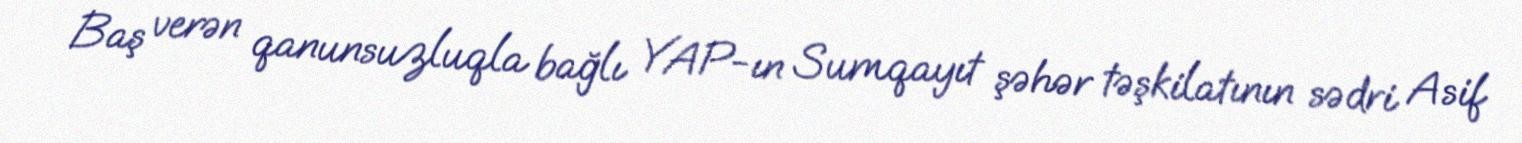
Baş verən qanunsuzluqla bağlı YAP-ın Sumqayıt şəhər təşkilatının sədri Asif